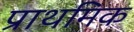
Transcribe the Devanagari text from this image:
प्राथमिक